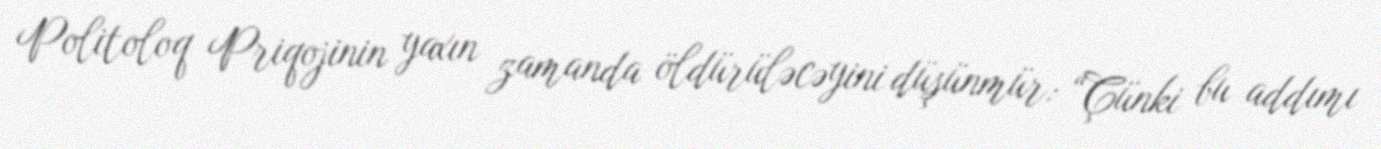
Politoloq Priqojinin yaxın zamanda öldürüləcəyini düşünmür: “Çünki bu addımı